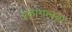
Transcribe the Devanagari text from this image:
प्रकाशस्वरूप